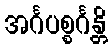
အင်္ဂပစ္စင်္ဂန္တိ